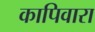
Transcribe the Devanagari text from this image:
कापिवारा